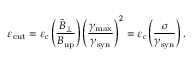
\varepsilon _ { \mathrm { c u t } } = \varepsilon _ { c } \left( \frac { \tilde { B } _ { \perp } } { B _ { \mathrm { u p } } } \right) \left( \frac { \gamma _ { \mathrm { m a x } } } { \gamma _ { \mathrm { s y n } } } \right) ^ { 2 } = \varepsilon _ { c } \left( \frac { \sigma } { \gamma _ { \mathrm { s y n } } } \right) .